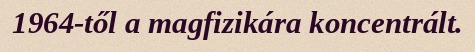
1964-től a magfizikára koncentrált.